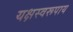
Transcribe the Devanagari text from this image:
यक्षस्वरूपाय